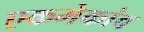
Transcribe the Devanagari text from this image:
एकमेकांव